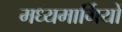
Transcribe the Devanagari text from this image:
मध्यमार्गियों